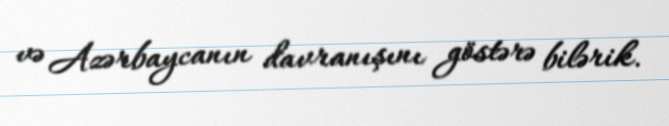
və Azərbaycanın davranışını göstərə bilərik.